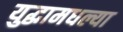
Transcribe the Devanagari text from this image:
युद्धामधल्या